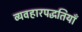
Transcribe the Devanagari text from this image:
व्यवहारपद्धतियाँ